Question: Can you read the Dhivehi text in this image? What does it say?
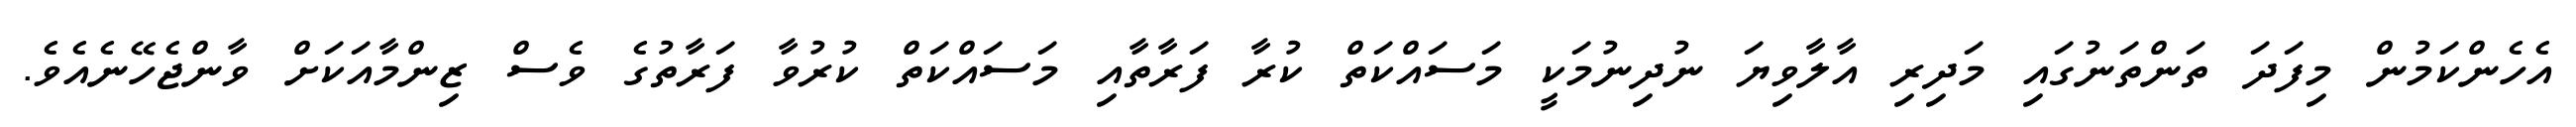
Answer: އެހެންކަމުން މިފަދަ ތަންތަނުގައި މަދިރި އާލާވިޔަ ނުދިނުމަކީ މަސައްކަތް ކުރާ ފަރާތާއި މަސައްކަތް ކުރުވާ ފަރާތުގެ ވެސް ޒިންމާއަކަށް ވާންޖެހޭނެއެވެ.